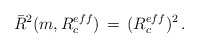
\begin{align*}\bar R^2(m,R_c^{eff})\,=\,(R_c^{eff})^2\,{.}\end{align*}